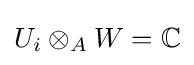
U_{i}\otimes _{A}W=\mathbb {C}